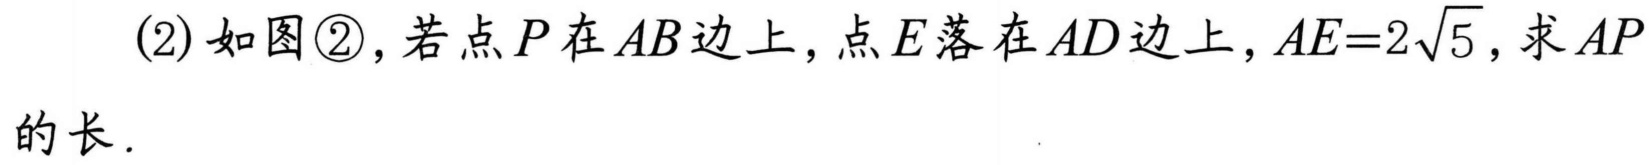
(2) 如图\textcircled{2}，若点 \(P\) 在 \(AB\) 边上，点 \(E\) 落在 \(AD\) 边上，\(AE = 2\sqrt{5}\)，求 \(AP\)的长.